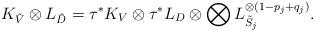
LaTeX: \begin{align*} K_{\tilde{V}}\otimes L_{\tilde{D}}=\tau^*K_V\otimes\tau^*L_D\otimes\bigotimes L_{\tilde{S}_j}^{\otimes(1-p_j+q_j)}.\end{align*}